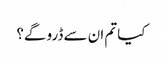
کیا تم ان سے ڈرو گے؟